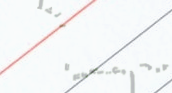
مطعم أصيل : الأكلات الشعب